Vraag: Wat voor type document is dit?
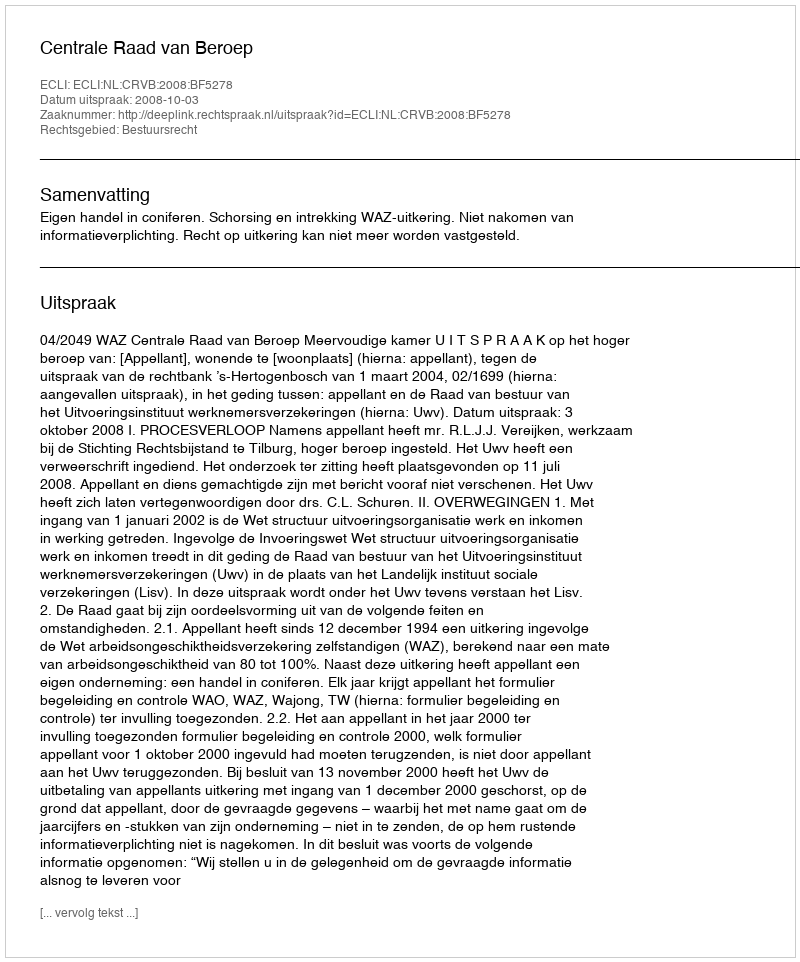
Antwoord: Uitspraak